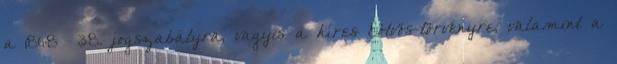
a 1868 38. jogszabályra, vagy­is a híres Eötvös-törvényre, valamint a